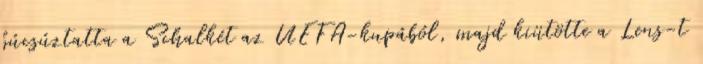
búcsúztatta a Schalkét az UEFA-kupából, majd kiütötte a Lens-t